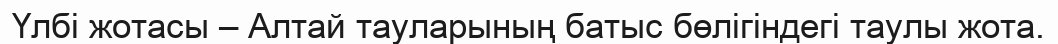
Үлбі жотасы – Алтай тауларының батыс бөлігіндегі таулы жота.